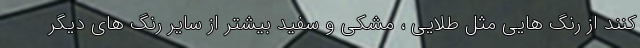
کنند از رنگ هایی مثل طلایی ، مشکی و سفید بیشتر از سایر رنگ های دیگر